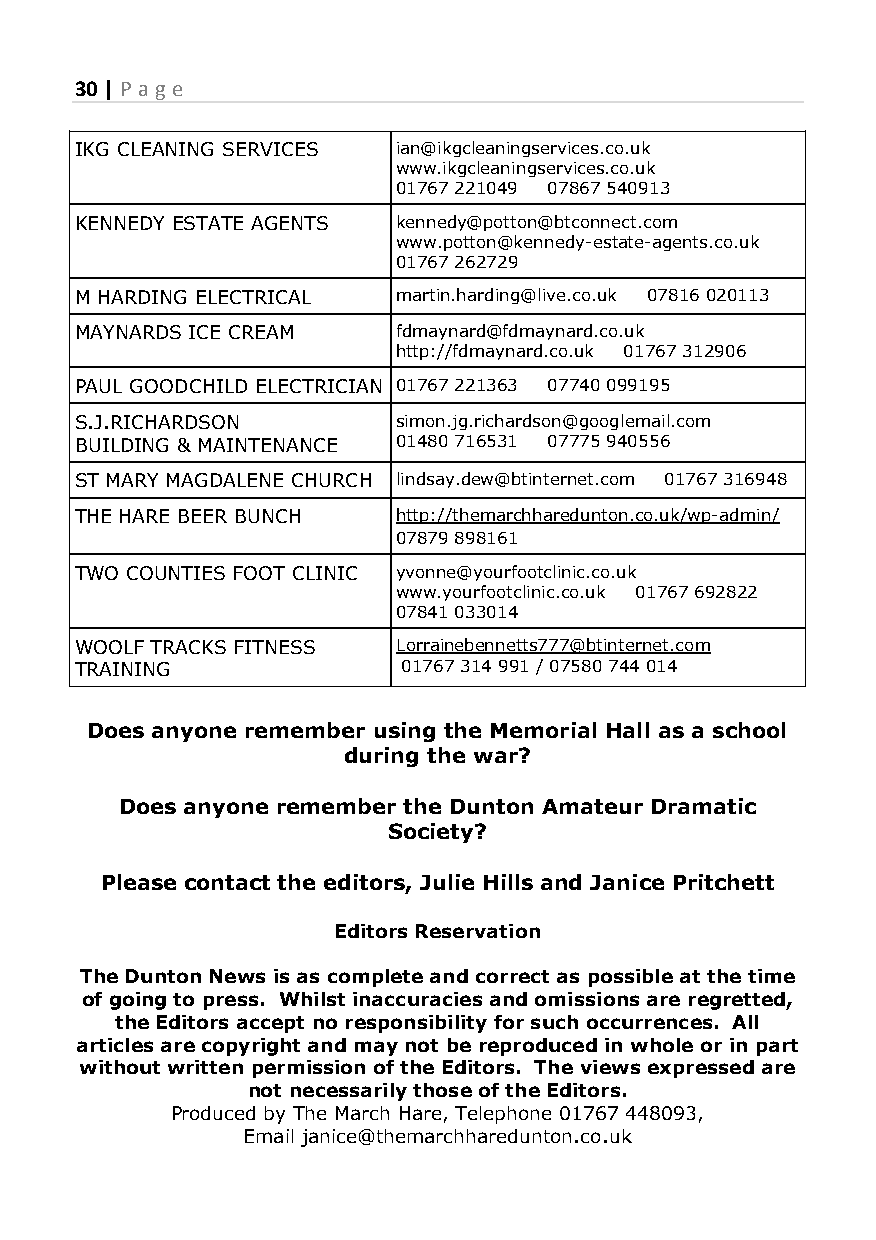
30 | P a g e
 IKG CLEANING SERVICES ian@ikgcleaningservices.co.uk
 www.ikgcleaningservices.co.uk
 01767 221049 07867 540913
 KENNEDY ESTATE AGENTS kennedy@potton@btconnect.com
 www.potton@kennedy-estate-agents.co.uk
 01767 262729
 M HARDING ELECTRICAL martin.harding@live.co.uk 07816 020113
 MAYNARDS ICE CREAM   fdmaynard@fdmaynard.co.uk
 http://fdmaynard.co.uk 01767 312906
 PAUL GOODCHILD ELECTRICIAN 01767 221363 07740 099195
 S.J.RICHARDSON       simon.jg.richardson@googlemail.com
 BUILDING & MAINTENANCE 01480 716531 07775 940556
 ST MARY MAGDALENE CHURCH lindsay.dew@btinternet.com 01767 316948
 THE HARE BEER BUNCH  http://themarchharedunton.co.uk/wp-admin/
 07879 898161
 TWO COUNTIES FOOT CLINIC yvonne@yourfootclinic.co.uk
 www.yourfootclinic.co.uk 01767 692822
 07841 033014
 WOOLF TRACKS FITNESS Lorrainebennetts777@btinternet.com
 TRAINING              01767 314 991 / 07580 744 014
 Does anyone remember using the Memorial Hall as a school
 during the war?
 Does anyone remember the Dunton Amateur Dramatic
 Society?
 Please contact the editors, Julie Hills and Janice Pritchett
 Editors Reservation
 The Dunton News is as complete and correct as possible at the time
 of going to press. Whilst inaccuracies and omissions are regretted,
 the Editors accept no responsibility for such occurrences. All
 articles are copyright and may not be reproduced in whole or in part
 without written permission of the Editors. The views expressed are
 not necessarily those of the Editors.
 Produced by The March Hare, Telephone 01767 448093,
 Email janice@themarchharedunton.co.uk